Lunatic asylums Burma 1922-24 - 1922-1924
Year: 1922
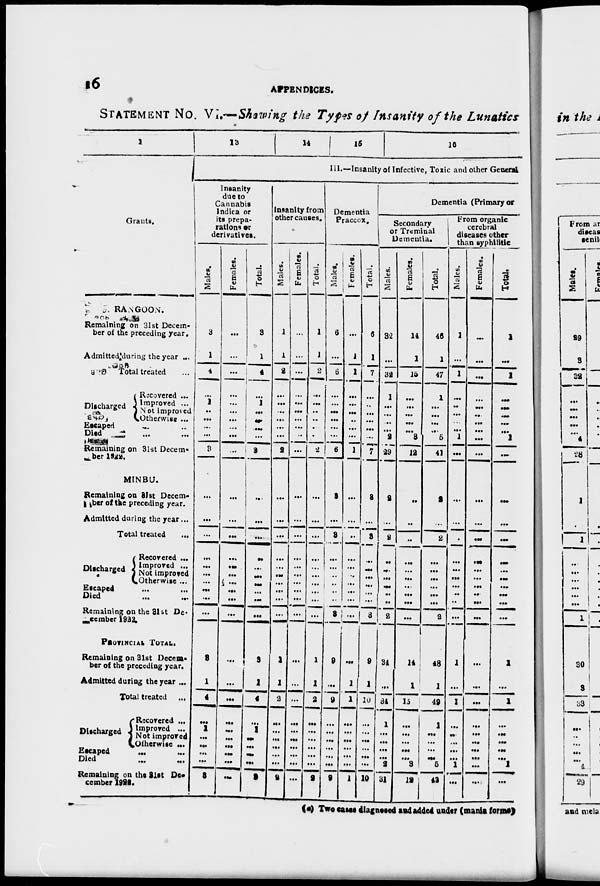
16
APPENDICES.
STATEMENT No. VI.—Showing the Types of Insanity of the Lunatics
1
Grants.
5. RANGOON.
Remaining on 31st Decem-
ber of the preceding year.
Admitted during the year ...
Total treated ...
Discharged
Recovered ...
Improved ...
Not improved
Otherwise ...
Escaped ... ...
Died ... ...
Remaining on 31st Decem-
ber 1922.
MINBU.
Remaining on 31st Decem-
ber of the preceding year.
Admitted during the year ...
Total treated ...
Discharged
Recovered ...
Improred ...
Not improved
Otherwise ...
Escaped ... ...
Died
...
...
Remaining on the 31st De-
cember 1922.
PROVINCIAL TOTAL.
Remaining on 31st Decem-
ber of the preceding year.
Admitted during the year ...
Total treated ...
Discharged
Recovered ...
Improved ...
Not improved
Otherwise ...
Escaped ... ...
Died
...
...
Remaining on the 31st De-
cember 1922.
13
14
15
16
III.—Insanity of Infective, Toxic and other General
Insanity
due to
Cannabis
Indica or
its prepa-
rations or
derivatives.
Males.
3
1
4
...
1
..
...
...
...
3
...
...
...
...
...
...
...
...
...
...
3
1
4
...
1
...
...
...
...
3
Females.
...
...
...
...
...
...
...
...
...
...
...
...
...
...
...
...
...
...
...
...
...
...
...
...
...
...
...
...
...
...
Total.
3
1
4
...
1
...
...
...
...
3
...
...
...
..
...
...
...
...
...
...
3
1
4
...
1
...
...
...
...
3
Insanity from
other causes.
Males.
1
1
2
...
...
...
...
...
...
2
...
...
...
...
...
...
...
...
...
1
1
2
...
...
...
...
...
...
2
Females.
...
...
...
...
...
...
...
...
..
...
...
...
...
...
...
...
...
...
...
...
...
...
...
...
...
...
...
...
...
...
Total.
1
1
2
...
...
..
..
...
...
2
...
...
...
...
...
...
...
...
...
...
1
1
2
...
...
...
...
...
...
2
Dementia
Praccox.
Males.
6
...
6
...
...
...
...
...
...
6
3
...
3
...
...
...
...
..
..
3
9
...
9
...
...
...
...
...
...
9
Females.
...
1
1
...
...
...
..
...
...
1
...
...
..
...
...
...
...
...
...
...
...
1
1
...
...
...
...
...
...
1
Total.
6
1
7
...
...
...
...
...
...
7
3
...
3
...
...
...
...
...
...
3
9
1
10
...
...
...
...
...
...
10
Dementia (Primary or
Secondary
or Treminal
Dementia.
Males.
32
...
32
1
...
...
...
...
2
29
2
...
2
...
...
...
...
..
..
2
34
...
34
1
...
...
...
...
2
31
Females.
14
1
15
...
...
...
...
...
3
12
..
..
..
...
...
...
...
...
...
...
14
1
15
...
...
...
...
...
3
12
Total.
46
1
47
1
...
...
...
...
5
41
2
...
2
...
...
...
...
...
...
2
48
1
49
1
...
...
...
...
5
43
From organic
cerebral
diseases other
than syphilitic
Males.
1
...
1
...
..
...
...
...
1
...
...
...
...
...
...
...
...
..
..
...
1
...
1
...
...
...
...
...
1
...
Females.
...
...
...
...
...
...
...
...
...
...
...
...
...
...
...
...
...
...
...
...
...
...
...
...
...
...
...
...
...
...
Total.
1
...
1
...
...
...
...
...
1
...
...
...
...
...
...
...
...
...
...
...
1
...
1
...
...
...
... ...
1
...
(a) Two cases diagnesed and added under (mania forms)